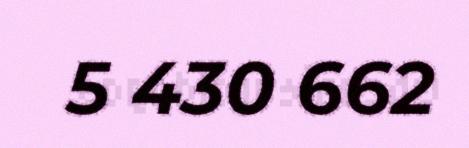
5 430 662